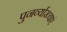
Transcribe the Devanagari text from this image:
पुनर्व्याख्याएं